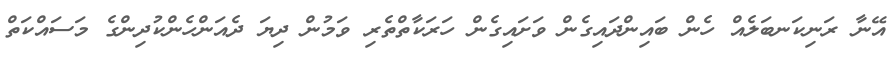
އޭނާ ރަނިކަނބަލެއް ހެން ބައިންދައިގެން ވަށައިގެން ހަރަކާތްތެރި ވަމުން ދިޔަ ދެއަންހެންކުދިންގެ މަސައްކަތް